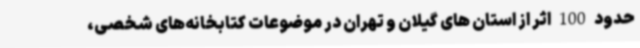
حدود 100 اثر از استان های گیلان و تهران در موضوعات کتابخانه‌های شخصی،